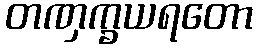
တဏှက္ခယရတော